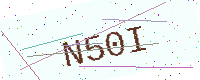
Text: N50I